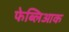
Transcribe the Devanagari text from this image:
फेब्लिआक